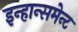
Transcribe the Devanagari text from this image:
इन्हान्समेन्ट